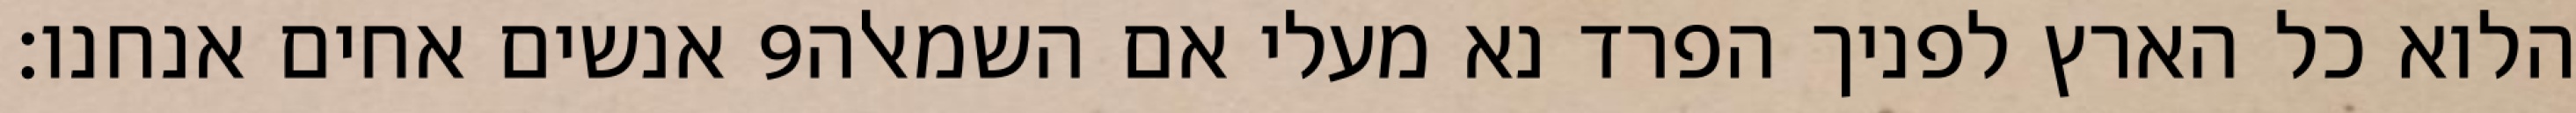
אנשים אחים אנחנו׃ ‎9‏ הלוא כל הארץ לפניך הפרד נא מעלי אם השמאלה